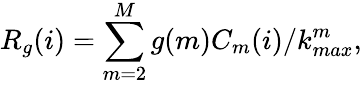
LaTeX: R_{g}(i)=\sum_{m=2}^{M}g(m)C_{m}(i)/k_{max}^{m},